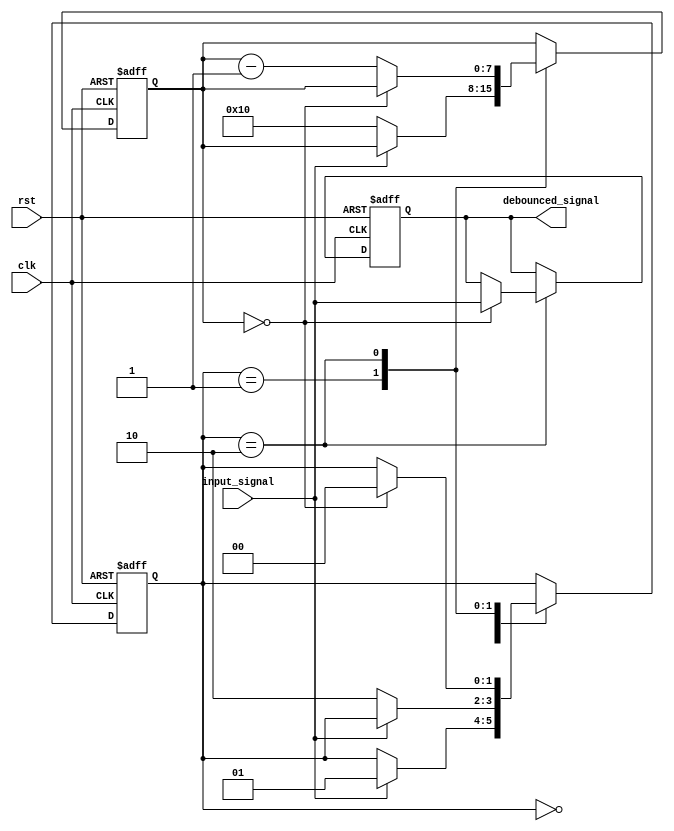
module debounce_circuit(
    input wire clk,
    input wire rst,
    input wire input_signal,
    output reg debounced_signal
);

reg [1:0] state;
reg [7:0] counter;

parameter DEBOUNCE_TIME = 8'h10;

always @ (posedge clk or posedge rst) begin
    if (rst) begin
        state <= 2'b00;
        debounced_signal <= 1'b0;
        counter <= 8'b0;
    end else begin
        case (state)
            2'b00: begin
                if (input_signal) begin
                    state <= 2'b01;
                end
            end

            2'b01: begin
                if (!input_signal) begin
                    state <= 2'b10;
                    counter <= DEBOUNCE_TIME;
                end
            end

            2'b10: begin
                if (counter == 8'h00) begin
                    state <= 2'b00;
                    debounced_signal <= input_signal;
                end else begin
                    counter <= counter - 1;
                end
            end
        endcase
    end
end

endmodule